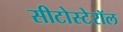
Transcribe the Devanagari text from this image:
सीटोस्टेरॉल